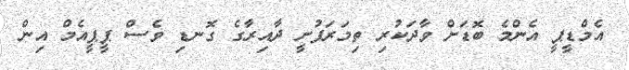
އެމްޑީޕީ އެންމެ ބޮޑަށް ވާދަކުރި ތިމަރަފުށީ ދާއިރާގެ ގޮނޑި ވެސް ޕީޕީއެމް އިން